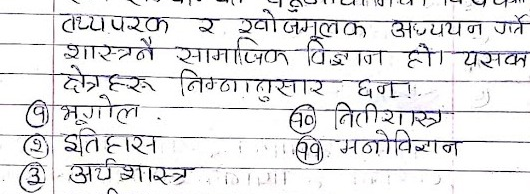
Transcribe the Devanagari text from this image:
तथ्यपरक र खोजमूलक अध्ययन गर्ने
शास्त्रनै सामाजिक विज्ञान हो। यसक
क्षेत्रहरू निम्नानुसार छन्ा
⑨ भूगोल.
②इतिहास
③ अर्थशास्त्र
40 नितीशास्त्र
मनोविज्ञान
را